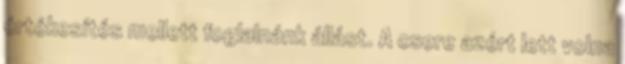
értékesítés mellett foglalnánk állást. A csere azért lett volna